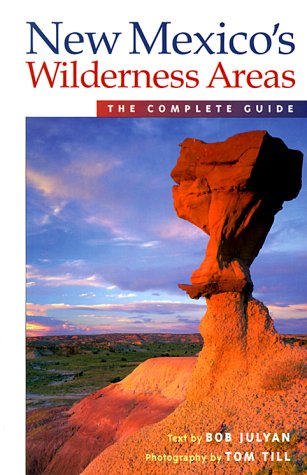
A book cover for New Mexico's Wilderness Areas: The Complete Guide (Wilderness Guidebooks); Bob Julyan; Travel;